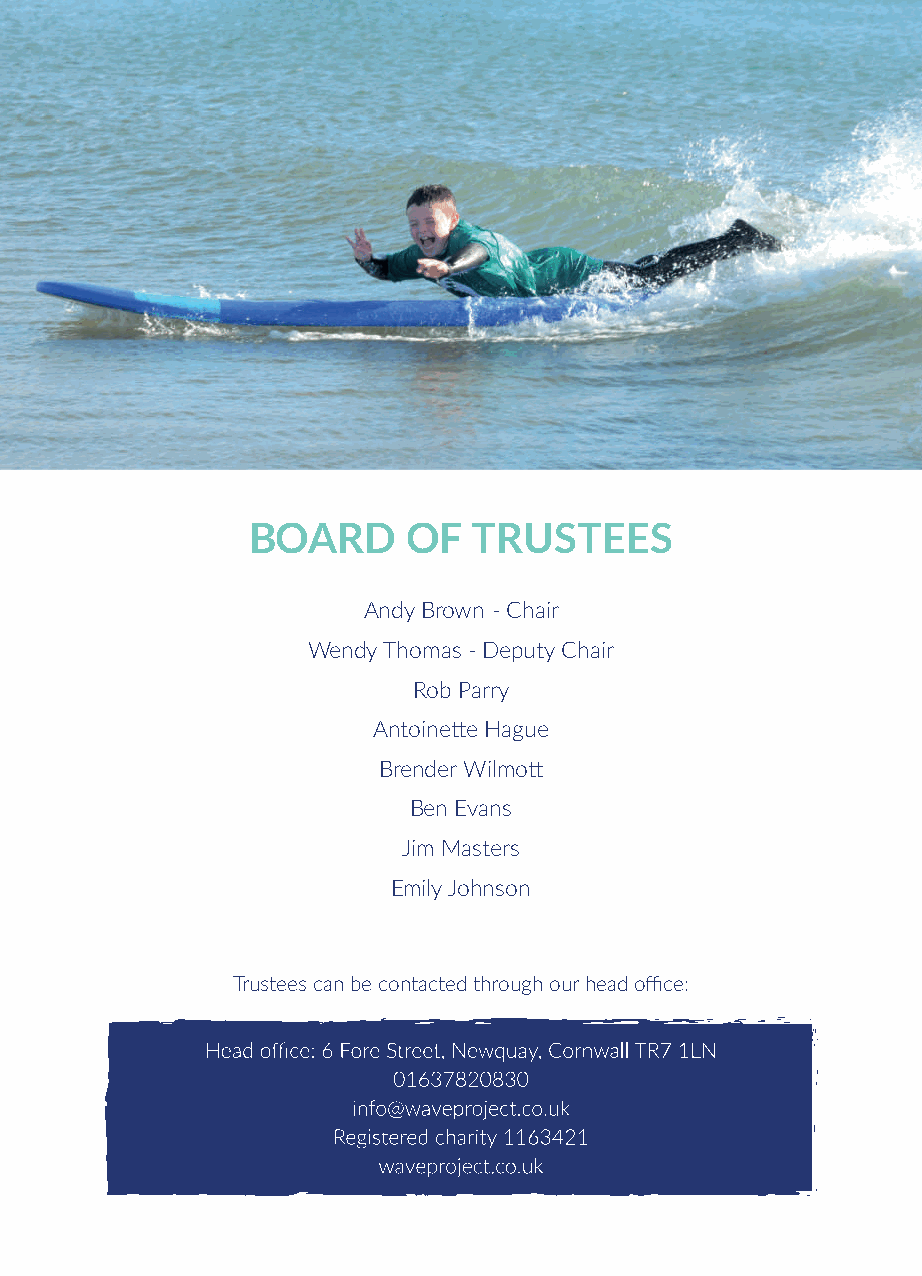
VOLUNTEER HANDBOOK
 WELCOME
 BOARD      OF  TRUSTEES
 Andy Brown - Chair
 Wendy Thomas - Deputy Chair
 Rob Parry
 Antoinette Hague
 Brender Wilmott
 Ben Evans
 Jim Masters
 Emily Johnson
 Trustees can be contacted through our head office: